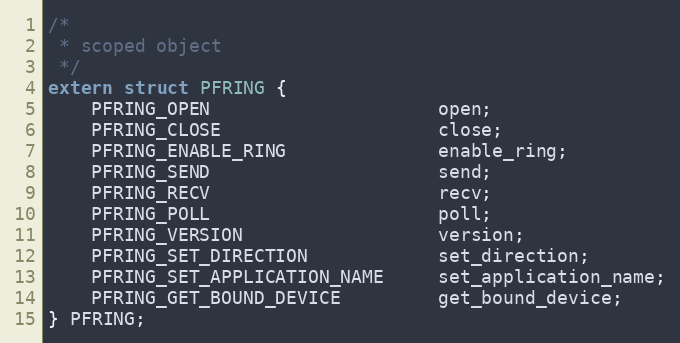
Language: C
/*
 * scoped object
 */
extern struct PFRING {
    PFRING_OPEN                     open;
    PFRING_CLOSE                    close;
    PFRING_ENABLE_RING              enable_ring;
    PFRING_SEND                     send;
    PFRING_RECV                     recv;
    PFRING_POLL                     poll;
    PFRING_VERSION                  version;
    PFRING_SET_DIRECTION            set_direction;
    PFRING_SET_APPLICATION_NAME     set_application_name;
    PFRING_GET_BOUND_DEVICE         get_bound_device;
} PFRING;